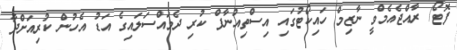
ފޮޓޯ/ ރާއްޖެއެމްވީ ނާޒިމް ހައިކޯޓުގައި އިސްތިއުނާފް ކުރި ދެމައްސަލައިގެ އަޑު އެހުން ކުރިއަށްދާ